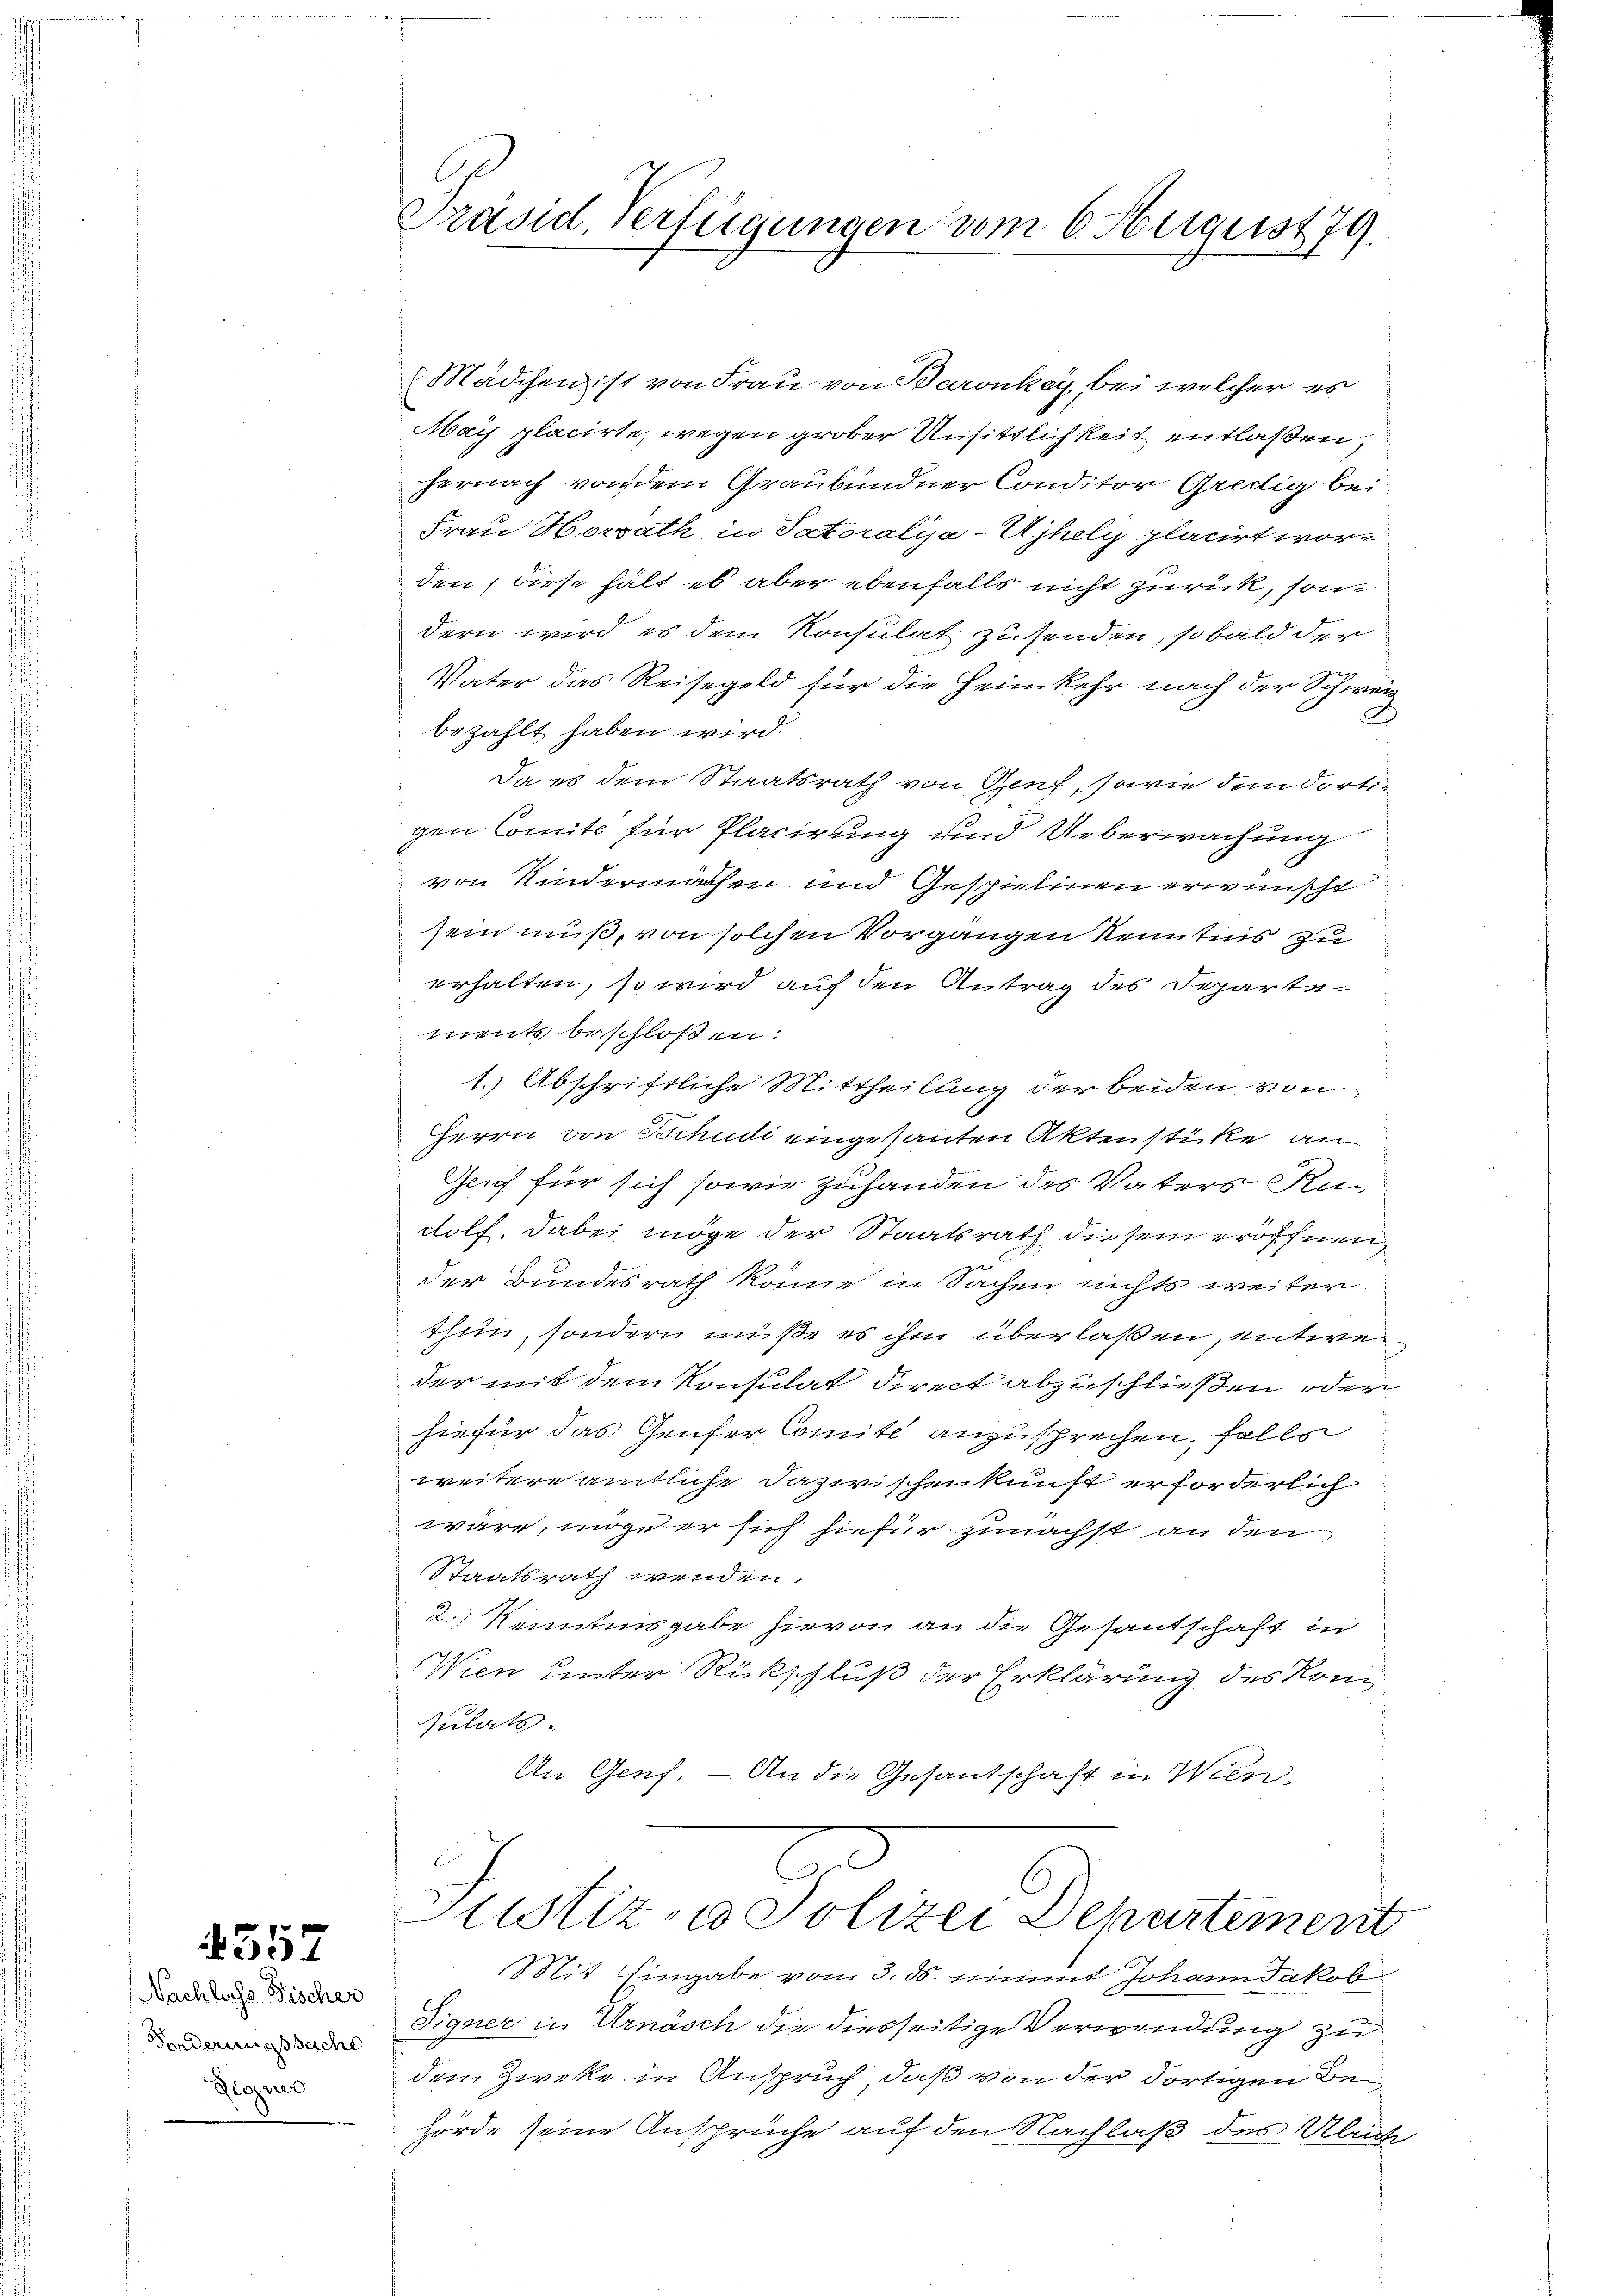
557

Nachlass Fischer
Fonderungssache
Dieuse

Präsid. Verfügungen vom 6. August 79.

Mädchen ist von Frau von Baronkay, bei welcher es
May placirte, wegen grober Unsittlichkeit entlaßen,
hernach von dem Graubündner Conditor Gredig bei
Frau Horrath in Patoralya-Ujhely placirt worden, diese hält es aber ebenfalls nicht zurück, sondern wird es dem Konsulat zusenden, so bald der
Vater das Reisegeld für die Heimkehr nach der Schweiz
bezahlt haben wird.
Da es dem Staatsrath von Genf, sowie dem dortigen Comite für Placirung und Ueberwachung
von Kindermachen und Gespielinen erwünscht
sein muß, von solchen Vorgangen Kenntnis zu
erhalten, so wird auf den Antrag des Schartements beschloßen:
1. Abschriftliche Mittheilung der beiden von
Herrn von Schudi eingesanten Aktenstike an
Geich für sich sowie Zuhanden des Vaters Rudolf, dabei möge der Staatsrath diesem eröffnen
der Bundesrath könne in Sachen nichts weiter
thun, sondern müße es ihm überlaßen, entweder mit dem Konsulat direct abzuschließen oder
hiefür das Genfer Comité anzusprechen, falls
weitere amtliche Dazwischenkunft erforderlich
wäre, mige er sich hiefür zunächst an den
Staatsrath wenden.
2.) Kenntnisgabe hievon an die Gesantschaft in
Wien unter Rückschluß der Erklärung des Kon
ulats.
An Genf. – An die Gesantschaft in Wien,

Justiz - Polizei Departement

Mit Eingabe vom 3. ds. nimmt Johann Jakob
Signer in Urnäsch die diesseitige Verwendung zu
dem Zweke in Anspruch, daß von der dortigen Behörde seine Ansprüche auf den Nachlaß des Ulrich